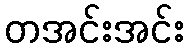
တအင်းအင်း